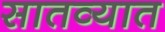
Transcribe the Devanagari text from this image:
सातव्यात